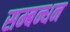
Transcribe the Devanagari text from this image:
सम्बन्धन